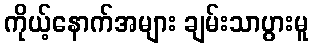
ကိုယ့်နောက်အများ ချမ်းသာပွားမူ